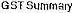
GST SUMMARY